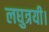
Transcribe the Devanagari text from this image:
लघुत्रयी।